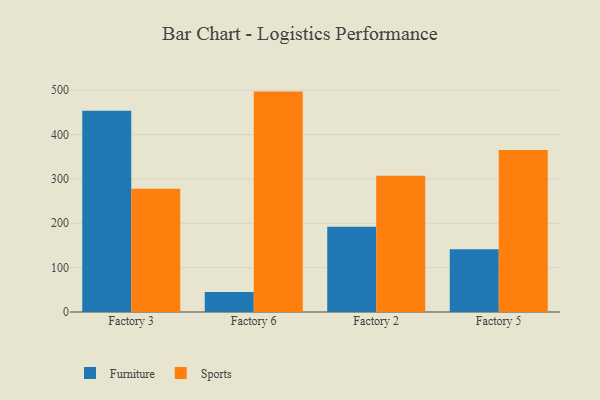
{"axis": {"x": "Factory", "y": "Budget (USD K)"}, "legend": ["Furniture", "Sports"], "data": [{"x": "Factory 3", "y": 453.6, "type": "Furniture"}, {"x": "Factory 3", "y": 277.6, "type": "Sports"}, {"x": "Factory 6", "y": 44.9, "type": "Furniture"}, {"x": "Factory 6", "y": 496.9, "type": "Sports"}, {"x": "Factory 2", "y": 192.4, "type": "Furniture"}, {"x": "Factory 2", "y": 307.1, "type": "Sports"}, {"x": "Factory 5", "y": 141.2, "type": "Furniture"}, {"x": "Factory 5", "y": 365.2, "type": "Sports"}]}